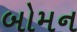
બોમન